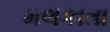
મલકાતા